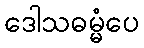
ဒေါသဓမ္မံပေ